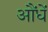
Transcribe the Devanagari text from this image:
औंधें